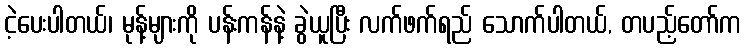
ငဲ့ပေးပါတယ်၊ မုန့်များကို ပန်းကန်နဲ့ ခွဲယူပြီး လက်ဖက်ရည် သောက်ပါတယ်, တပည့်တော်က